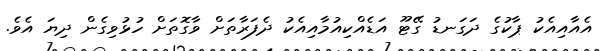
އެއާއިއެކު ޕާކުގެ ދަގަނޑު ގޭޓޫ އަޑެއްކިއުމާއިއެކު ދެފަރާތަށް ވާގޮތަށް ހުޅުވިގެން ދިޔަ އެވެ.